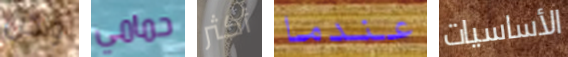
ولكن حمامي أكثر عندما الأساسيات